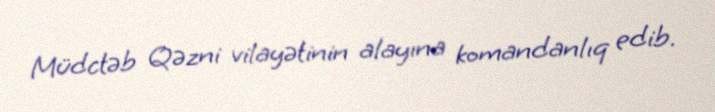
Müdctəb Qəzni vilayətinin alayına komandanlıq edib.